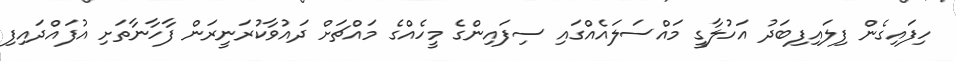
ހިފައިގެން ފިލައިފިބަދު އަހުލާގީ މައްސަލައެއްގައި ސިފައިންގެ މީހެއްގެ މައްޗަށް ދައުވާކުރަނީރަން ފާހާނާތަށި އުފައްދައިފި